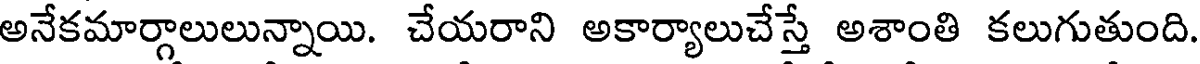
అనేకమార్గాలులున్నాయి. చేయరాని అకార్యాలుచేస్తే అశాంతి కలుగుతుంది